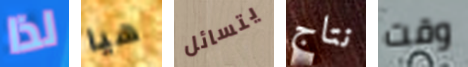
لذا هيا يتسائل نتاج وقت